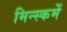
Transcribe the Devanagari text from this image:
मिन्स्कमें